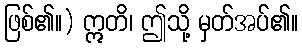
ဖြစ်၏။) ဣတိ၊ ဤသို့ မှတ်အပ်၏။